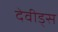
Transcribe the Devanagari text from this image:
देवीड्स